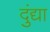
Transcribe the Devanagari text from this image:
दुंद्या